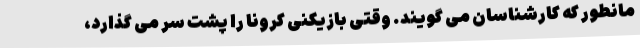
مانطور که کارشناسان می گویند. وقتی بازیکنی کرونا را پشت سر می گذارد،